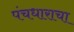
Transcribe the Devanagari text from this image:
पंचधाराचा